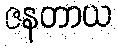
ဇနတာယ